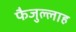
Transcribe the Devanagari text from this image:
फैजुल्लाह